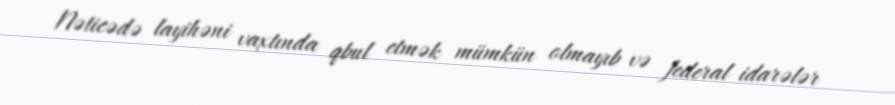
Nəticədə layihəni vaxtında qbul etmək mümkün olmayıb və federal idarələr